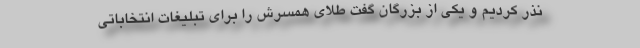
نذر کردیم و یکی از بزرگان گفت طلای همسرش را برای تبلیغات انتخاباتی